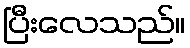
ပြီးလေသည်။